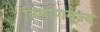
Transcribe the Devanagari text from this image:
निर्माणमूल्य